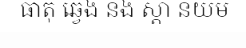
ធាតុ ឆ្វេង និង ស្តាំ និយម